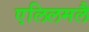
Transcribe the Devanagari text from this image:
एलिलमलै